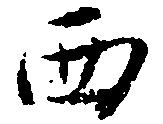
西